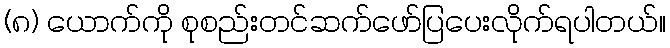
(၈) ယောက်ကို စုစည်းတင်ဆက်ဖော်ပြပေးလိုက်ရပါတယ်။